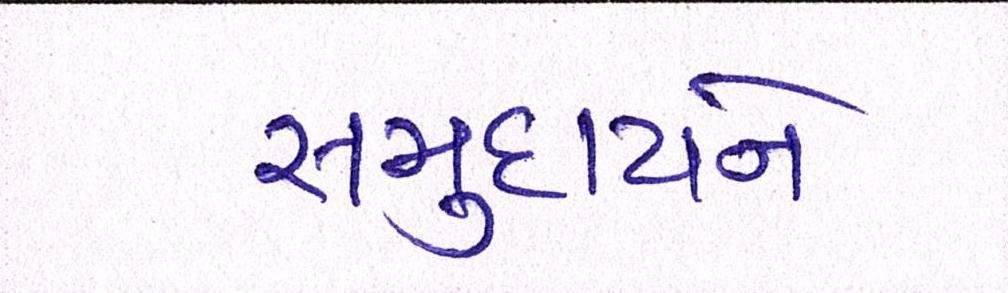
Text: સમુદાયને